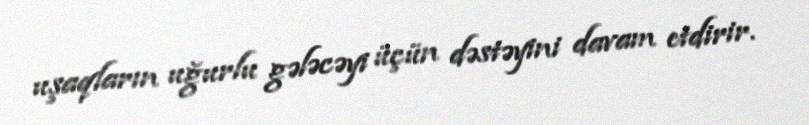
uşaqların uğurlu gələcəyi üçün dəstəyini davam etdirir.